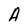
Character: A